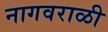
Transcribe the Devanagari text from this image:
नागवराळी